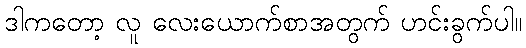
ဒါကတော့ လူ လေးယောက်စာအတွက် ဟင်းခွက်ပါ။